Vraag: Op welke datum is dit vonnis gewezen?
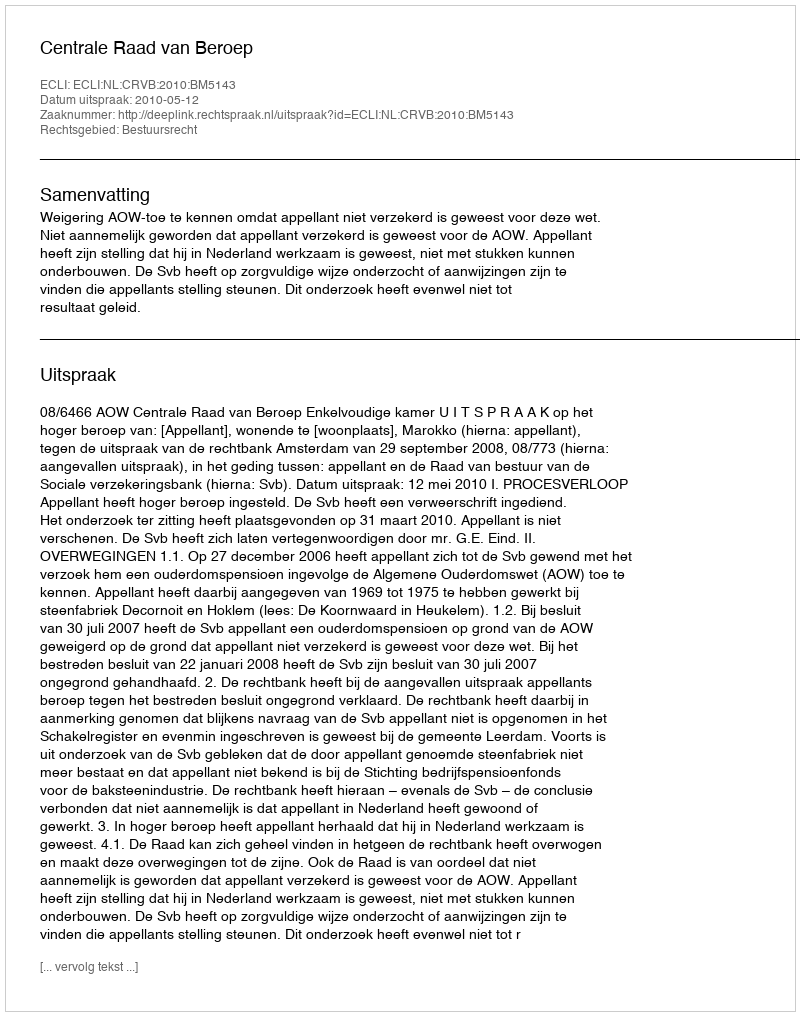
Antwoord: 2010-05-12